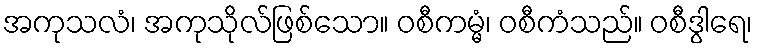
အကုသလံ၊ အကုသိုလ်ဖြစ်သော။ ဝစီကမ္မံ၊ ဝစီကံသည်။ ဝစီဒွါရေ၊